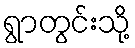
ရွာတွင်းသို့